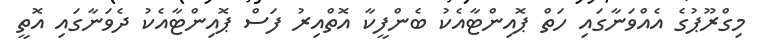
މިގްރޫޕުގެ އެއްވަނާގައި ހަތް ޕޮއިންޓާއެކު ބެންފީކާ އޮތްއިރު ފަސް ޕޮއިންޓާއެކު ދެވަނާގައި އޮތީ